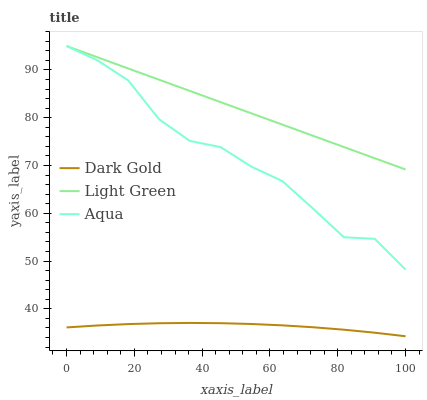
| xaxis_label | Dark Gold | Light Green | Aqua |
 | --- | --- | --- | --- |
 | 0 | 36.1 | 95 | 95 |
 | 9.09 | 36.5 | 92.7 | 92 |
 | 18.2 | 36.8 | 90.3 | 87.8 |
 | 27.3 | 37 | 88 | 79.7 |
 | 36.4 | 37 | 85.6 | 75.1 |
 | 45.5 | 37 | 83.3 | 73.8 |
 | 54.5 | 36.8 | 80.9 | 69.7 |
 | 63.6 | 36.5 | 78.6 | 66.7 |
 | 72.7 | 36.1 | 76.2 | 61 |
 | 81.8 | 35.6 | 73.9 | 55 |
 | 90.9 | 35 | 71.5 | 54.6 |
 | 100 | 34.3 | 69.2 | 48.2 |